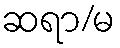
ဆရာ/မ